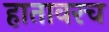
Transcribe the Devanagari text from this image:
हातावरच